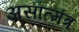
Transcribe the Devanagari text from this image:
असात्मंत्र